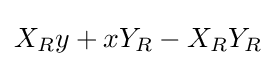
{\textstyle X_{R}y+xY_{R}-X_{R}Y_{R}}